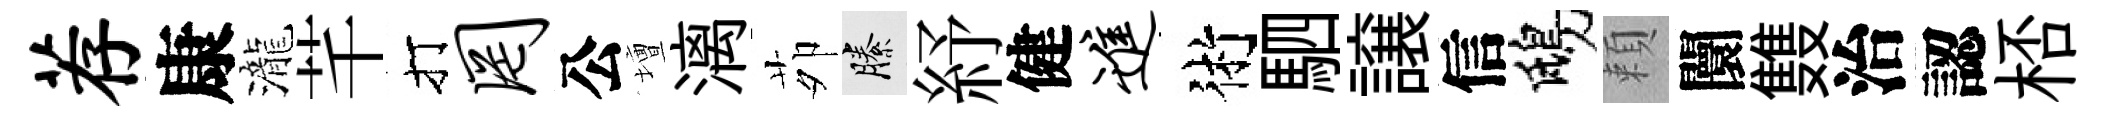
荐康瀧芊打罔公壇漓茆縢紓健进術駟譲信鴟頼闤䨇治認桮